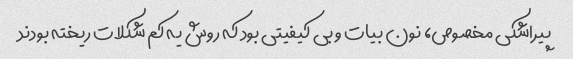
پیراشکی مخصوص، نون بیات و بی کیفیتی بود که روش یه کم شکلات ریخته بودند